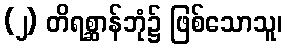
(၂) တိရစ္ဆာန်ဘုံ၌ ဖြစ်သောသူ၊